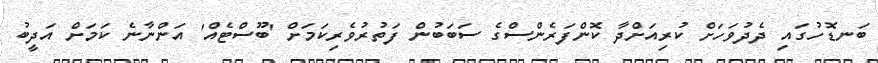
ބަަނޑޮހުގައި ދެދުވަހަށް ކުރިއަށްދާ ކޮންފަރެންސްގެ ސަބަބުން ފަތުުރުވެރިކަމަށް 'ބޫސްޓެއް' އަންނާނެ ކަަމަށް އަދީބު